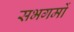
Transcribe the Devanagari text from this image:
सभगमों